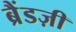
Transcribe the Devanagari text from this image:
ब्रैंडज़ी